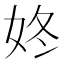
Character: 㚵